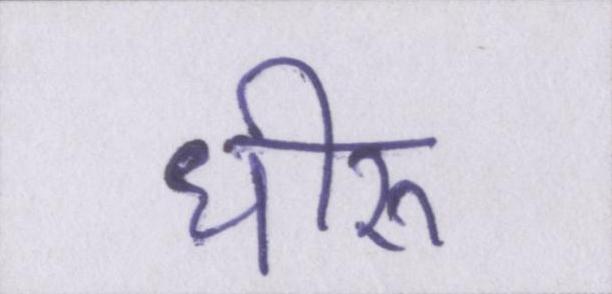
धीरू